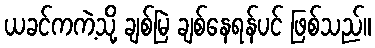
ယခင်ကကဲ့သို့ ချစ်မြဲ ချစ်နေရန်ပင် ဖြစ်သည်။